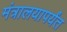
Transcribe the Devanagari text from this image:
मंत्रालयापर्यंत